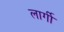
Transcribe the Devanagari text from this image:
लार्गी